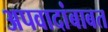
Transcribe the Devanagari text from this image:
अपवादांबाबत